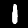
Label: 1